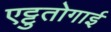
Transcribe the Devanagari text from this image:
एट्टुतोगाई